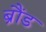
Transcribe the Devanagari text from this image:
ब्रौंड